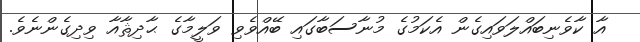
އާ ކާވެނިބައްލަވައިގެން އެކަމުގެ މުނާސަބާގައި ބޭއްވެވި ވަލީމާގެ ޙާދިޘާއާ ވިދިގެންނެވެ.